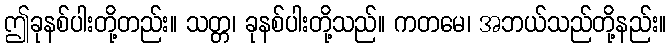
ဤခုနစ်ပါးတို့တည်း။ သတ္တ၊ ခုနစ်ပါးတို့သည်။ ကတမေ၊ အဘယ်သည်တို့နည်း။